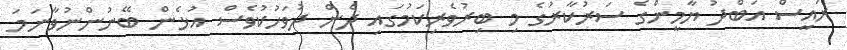
ރައީސް އަބްދު ޔާމީންގެ ސަރުކާރުގެ މި ބިރުވެރިކަމުގައި ދެން ދުވަހުކުވެސް އުޅެން ބޭނުންނުވާނަމަ